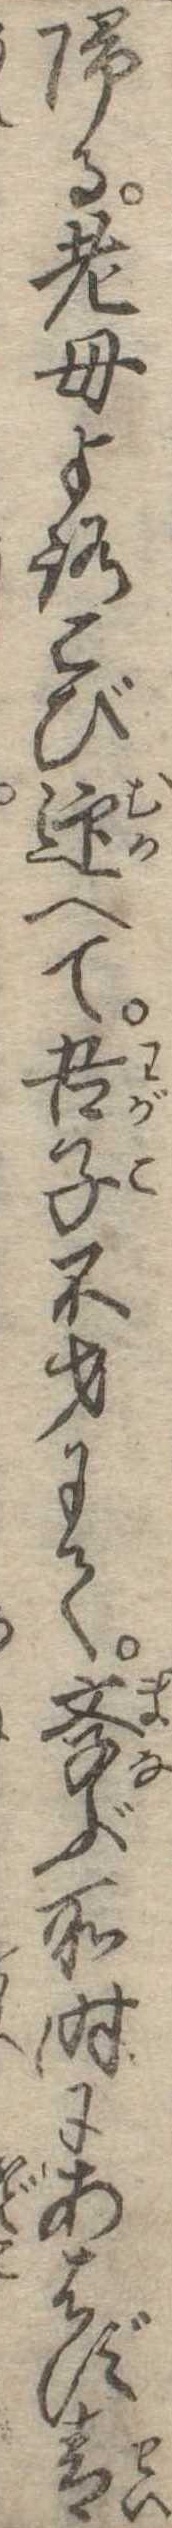
帰る老母よろこび迎へて吾子不才にて学ぶ所時にあはず青